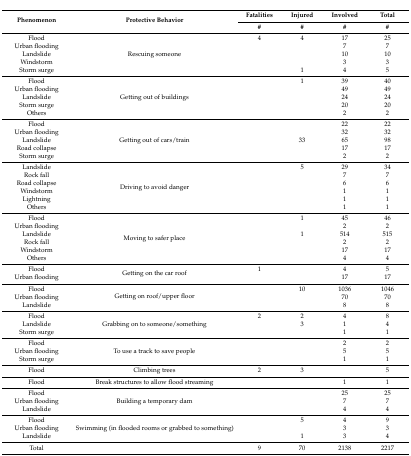
<table><thead><tr><td rowspan="2"><b>Phenomenon</b></td><td rowspan="2"><b>Protective Behavior</b></td><td><b>Fatalities</b></td><td><b>Injured</b></td><td><b>Involved</b></td><td><b>Total</b></td></tr><tr><td><b>#</b></td><td><b>#</b></td><td><b>#</b></td><td><b>#</b></td></tr></thead><tbody><tr><td>Flood</td><td rowspan="5">Rescuing someone</td><td>4</td><td>4</td><td>17</td><td>25</td></tr><tr><td>Urban flooding</td><td></td><td></td><td>7</td><td>7</td></tr><tr><td>Landslide</td><td></td><td></td><td>10</td><td>10</td></tr><tr><td>Windstorm</td><td></td><td></td><td>3</td><td>3</td></tr><tr><td>Storm surge</td><td></td><td>1</td><td>4</td><td>5</td></tr><tr><td>Flood</td><td rowspan="5">Getting out of buildings</td><td></td><td>1</td><td>39</td><td>40</td></tr><tr><td>Urban flooding</td><td></td><td></td><td>49</td><td>49</td></tr><tr><td>Landslide</td><td></td><td></td><td>24</td><td>24</td></tr><tr><td>Storm surge</td><td></td><td></td><td>20</td><td>20</td></tr><tr><td>Others</td><td></td><td></td><td>2</td><td>2</td></tr><tr><td>Flood</td><td rowspan="5">Getting out of cars/train</td><td></td><td></td><td>22</td><td>22</td></tr><tr><td>Urban flooding</td><td></td><td></td><td>32</td><td>32</td></tr><tr><td>Landslide</td><td></td><td>33</td><td>65</td><td>98</td></tr><tr><td>Road collapse</td><td></td><td></td><td>17</td><td>17</td></tr><tr><td>Storm surge</td><td></td><td></td><td>2</td><td>2</td></tr><tr><td>Landslide</td><td rowspan="6">Driving to avoid danger</td><td></td><td>5</td><td>29</td><td>34</td></tr><tr><td>Rock fall</td><td></td><td></td><td>7</td><td>7</td></tr><tr><td>Road collapse</td><td></td><td></td><td>6</td><td>6</td></tr><tr><td>Windstorm</td><td></td><td></td><td>1</td><td>1</td></tr><tr><td>Lightning</td><td></td><td></td><td>1</td><td>1</td></tr><tr><td>Others</td><td></td><td></td><td>1</td><td>1</td></tr><tr><td>Flood</td><td rowspan="6">Moving to safer place</td><td></td><td>1</td><td>45</td><td>46</td></tr><tr><td>Urban flooding</td><td></td><td></td><td>2</td><td>2</td></tr><tr><td>Landslide</td><td></td><td>1</td><td>514</td><td>515</td></tr><tr><td>Rock fall</td><td></td><td></td><td>2</td><td>2</td></tr><tr><td>Windstorm</td><td></td><td></td><td>17</td><td>17</td></tr><tr><td>Others</td><td></td><td></td><td>4</td><td>4</td></tr><tr><td>Flood</td><td rowspan="2">Getting on the car roof</td><td>1</td><td></td><td>4</td><td>5</td></tr><tr><td>Urban flooding</td><td></td><td></td><td>17</td><td>17</td></tr><tr><td>Flood</td><td rowspan="3">Getting on roof/upper floor</td><td></td><td>10</td><td>1036</td><td>1046</td></tr><tr><td>Urban flooding</td><td></td><td></td><td>70</td><td>70</td></tr><tr><td>Landslide</td><td></td><td></td><td>8</td><td>8</td></tr><tr><td>Flood</td><td rowspan="3">Grabbing on to someone/something</td><td>2</td><td>2</td><td>4</td><td>8</td></tr><tr><td>Landslide</td><td></td><td>3</td><td>1</td><td>4</td></tr><tr><td>Storm surge</td><td></td><td></td><td>1</td><td>1</td></tr><tr><td>Flood</td><td rowspan="3">To use a track to save people</td><td></td><td></td><td>2</td><td>2</td></tr><tr><td>Urban flooding</td><td></td><td></td><td>5</td><td>5</td></tr><tr><td>Storm surge</td><td></td><td></td><td>1</td><td>1</td></tr><tr><td>Flood</td><td>Climbing trees</td><td>2</td><td>3</td><td></td><td>5</td></tr><tr><td>Flood</td><td>Break structures to allow flood streaming</td><td></td><td></td><td>1</td><td>1</td></tr><tr><td>Flood</td><td rowspan="3">Building a temporary dam</td><td></td><td></td><td>25</td><td>25</td></tr><tr><td>Urban flooding</td><td></td><td></td><td>7</td><td>7</td></tr><tr><td>Landslide</td><td></td><td></td><td>4</td><td>4</td></tr><tr><td>Flood</td><td rowspan="3">Swimming (in flooded rooms or grabbed to something)</td><td></td><td>5</td><td>4</td><td>9</td></tr><tr><td>Urban flooding</td><td></td><td></td><td>3</td><td>3</td></tr><tr><td>Landslide</td><td></td><td>1</td><td>3</td><td>4</td></tr><tr><td>Total</td><td></td><td>9</td><td>70</td><td>2138</td><td>2217</td></tr></tbody></table>